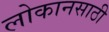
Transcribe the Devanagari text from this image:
लोकानसाठी